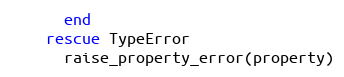
Language: Ruby
      end
    rescue TypeError
      raise_property_error(property)